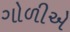
ગોળીએ